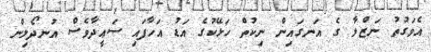
އެވަގުތު ނަޒްލާ ގެ އަނގައިން ނިކުތް ހަޅޭކުގެ އަޑު އަހާފައި ސަޢީދާވެސް އުނދޯލިން